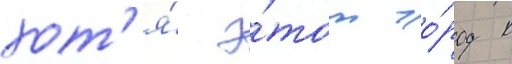
хот'я́ э́тот го́род к